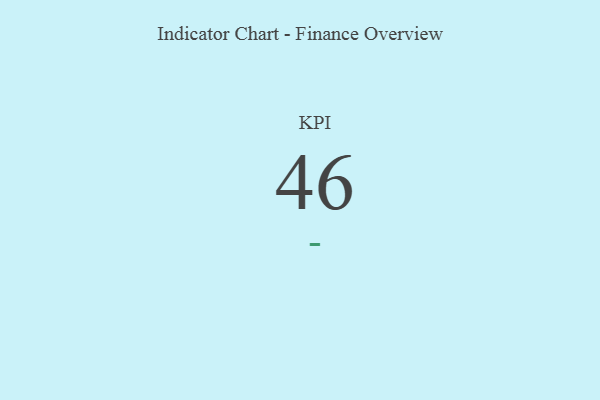
{"axis": {"x": "KPI", "y": "Value"}, "legend": [""], "data": [{"x": "KPI", "y": 46, "type": ""}]}